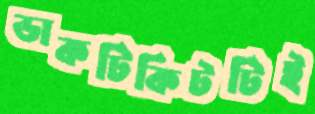
ডাকটিকিটটিই